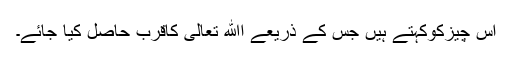
اس چیزکوکہتے ہیں جس کے ذریعے اﷲ تعالیٰ کاقرب حاصل کیا جائے۔